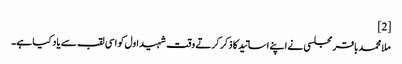
[2]
ملا محمدباقر مجلسی‌ نے اپنے اساتید کا ذکر کرتے وقت شہید اول کو اسی لقب سے یاد کیا ہے۔